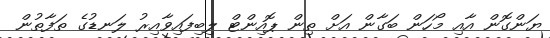
ޔަންގޮން އާއި މޯހަން ބަގާން އަށް ތިން ޕޮއިންޓް ލިބިފައިވާއިރު ލަނޑުގެ ތަފާތުން